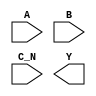
module sky130_fd_sc_hdll__nor3b (
    //# {{data|Data Signals}}
    input  A  ,
    input  B  ,
    input  C_N,
    output Y
);

    // Voltage supply signals
    supply1 VPWR;
    supply0 VGND;
    supply1 VPB ;
    supply0 VNB ;

endmodule